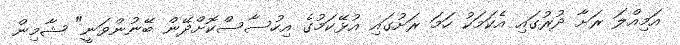
އަމިއްލަ ރަށާ ދުރުގައި އެކަމަކު ހަމަ ރަށުގައި އުޅޭކަމުގެ އިހުސާސްކޮށްދޭން ބޭނުންވަނީ" ޝާމިން